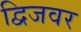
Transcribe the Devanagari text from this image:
द्विजवर